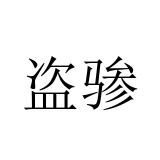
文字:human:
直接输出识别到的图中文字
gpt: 盗骖